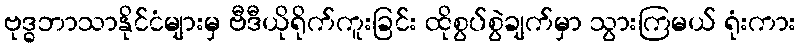
ဗုဒ္ဓဘာသာနိုင်ငံများမှ ဗီဒီယိုရိုက်ကူးခြင်း ထိုစွပ်စွဲချက်မှာ သွားကြမယ် ရုံးကား